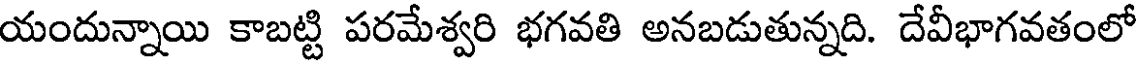
యందున్నాయి కాబట్టి పరమేశ్వరి భగవతి అనబడుతున్నది. దేవీభాగవతంలో